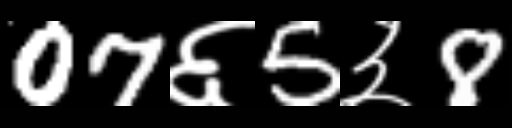
Text: 07६5३8